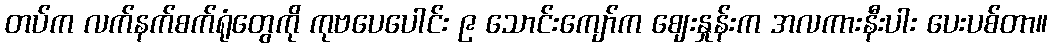
တပ်က လက်နက်စက်ရုံတွေကို ကုဗပေပေါင်း ၉ သောင်းကျော်က ဈေးနှုန်းက အလကားနီးပါး ပေးပစ်တာ။